Report on sanitation, dispensaries, and jails in Rajputana for 1921, and on vaccination for the year 1921-1922 - 1921-1922
Year: 1921
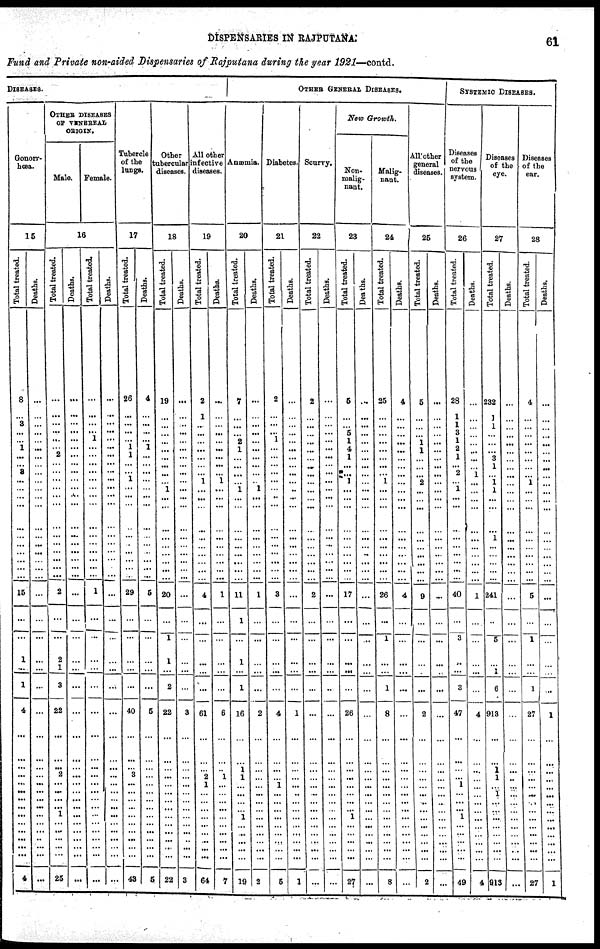
DISPENSARIES IN
RAJPUTANA.
61
Fund and Private non-aided Dispensaries of Rajputana during the year 1921—contd.
DISEASES.
Gonorr-
hœa.
15
Total treated.
8
...
3
...
... 1
...
... 3
...
...
...
...
...
...
...
...
...
...
...
15
...
...
1
...
1
4
...
...
...
...
...
...
... ...
...
...
...
...
...
...
4
Deaths.
...
...
...
...
...
...
...
...
...
...
...
...
...
...
...
...
...
...
...
...
...
...
...
...
...
...
...
...
...
...
...
...
... ... ...
...
...
...
...
...
...
...
OTHER DISEASES
OF VENEREAL
ORIGIN.
Male. Female.
16
Total treated.
...
...
...
...
...
...
2
...
...
...
...
...
...
...
...
...
...
...
...
...
2
...
...
2
1
3
22
...
...
...
2
...
... ... ...
...
1
...
...
...
...
25
Deaths.
...
...
...
...
...
...
...
...
...
...
...
...
...
...
...
...
...
...
...
...
...
...
...
...
...
...
...
...
...
...
...
...
... ... ...
...
...
...
...
...
...
...
Total treated.
...
...
...
...
1
...
...
...
...
...
...
...
...
...
...
...
...
...
...
...
1
...
...
...
...
...
...
...
...
...
...
...
... ... ...
...
...
...
...
...
...
...
Deaths.
...
...
...
...
...
...
...
...
...
...
...
...
...
...
...
...
...
...
...
...
...
...
...
...
...
...
...
...
...
...
...
...
... ... ...
...
...
...
...
...
...
...
Tubercle
of the
lungs.
17
Total treated.
26
...
...
...
... 1
1
...
... 1
...
...
...
...
...
...
...
...
...
...
29
...
...
...
...
...
40
...
...
...
3
...
... ... ...
...
...
...
...
...
...
43
Deaths.
4
...
...
...
... 1
...
...
...
...
...
...
...
...
...
...
...
...
...
...
5
...
...
...
...
...
5
...
...
...
...
...
... ... ...
...
...
...
...
...
...
5
Other
tubercular
diseases.
18
Total treated.
19
...
...
...
...
...
...
...
...
...
1
...
...
...
...
...
...
...
...
...
20
...
1
1
...
2
22
...
...
...
...
...
... ... ...
...
...
...
...
...
...
22
Deaths.
...
...
...
...
...
...
...
...
...
...
...
...
...
...
...
...
...
...
...
...
...
...
...
...
...
...
3
...
...
...
...
...
... ... ...
...
...
...
..
...
...
3
All other
infective
diseases.
19
Total treated.
2
1
...
...
...
...
...
...
...
1
...
...
...
...
...
...
...
...
...
...
4
...
...
...
...
...
61
...
...
...
2
1
... ... ... ...
...
...
...
...
...
64
Deaths.
...
...
...
...
...
...
...
...
... 1
...
...
...
...
...
...
...
...
...
...
1
...
...
...
...
...
6
...
...
...
1
...
... ... ...
...
...
...
...
...
...
7
OTHER GENERAL DISEASES.
Anæmia.
20
Total treated.
7
...
...
...
2
1
...
...
...
...
1
...
...
...
...
...
...
...
...
...
11
1
...
1
...
1
16
...
...
1
1
...
... ... ...
...
1
...
...
...
...
19
Deaths.
...
...
...
...
...
...
...
...
...
...
1
...
...
...
...
...
...
...
...
...
1
...
...
...
...
...
2
...
...
...
...
...
... ... ...
...
...
...
...
...
...
2
Diabetes.
21
Total treated.
2
...
...
...
1
...
...
...
...
...
...
...
...
...
...
...
...
...
...
...
3
...
...
...
...
...
4
...
...
...
...
1
... ... ...
...
...
...
...
...
...
5
Deaths.
...
...
...
...
...
...
...
...
...
...
..
...
...
...
...
...
...
...
...
...
...
...
...
...
...
...
1
...
...
...
...
...
... ... ...
...
...
...
...
...
...
1
Scurvy.
22
Total treated.
2
...
...
...
...
...
...
...
...
...
...
...
...
...
...
...
...
...
...
...
2
...
...
...
...
...
...
...
...
...
...
...
... ... ...
...
...
...
...
...
...
...
Deaths.
...
...
...
...
...
...
...
...
...
...
...
...
...
...
...
...
...
...
...
...
...
...
...
...
...
...
...
...
...
...
...
...
... ... ...
...
...
...
...
...
...
...
New Growth.
Non¬
malig¬
nant.
23
Total treated.
5
...
...
5
1
4
1
...
...
1
...
...
...
...
...
...
...
...
...
...
17
...
...
...
...
...
26
...
...
...
...
...
... ... ...
...
1
...
...
...
...
27
Deaths.
...
...
...
...
...
...
...
...
...
...
...
...
...
...
...
...
...
...
...
...
...
...
...
...
...
...
...
...
...
...
...
...
... ... ...
...
...
...
...
...
...
...
Malig-
nant.
24
Total treated.
25
...
...
...
...
...
...
...
...
1
...
...
...
...
...
...
...
...
...
...
26
...
1
...
...
1
8
...
...
...
...
...
... ... ...
...
...
...
...
...
...
8
Deaths.
4
...
...
...
...
...
...
...
...
...
...
...
...
...
...
...
...
...
...
...
4
...
...
...
...
...
...
...
...
...
...
...
... ... ...
...
...
...
...
...
...
...
All other
general
diseases.
25
Total treated.
5
...
...
...
1
1
...
...
... 2
...
...
...
...
...
...
...
...
...
...
9
...
...
...
...
...
2
...
...
...
...
...
... ... ...
...
...
...
...
...
...
2
Deaths.
...
...
...
...
...
...
...
...
...
...
...
...
...
...
...
...
...
...
...
...
...
...
...
...
...
...
...
...
...
...
...
...
... ... ...
...
...
...
...
...
...
...
SYSTEMIC DISEASES.
Diseases
of the
nervous
system.
26
Total treated.
28
1
1
3
1
2
1
... 2
...
1
...
...
...
...
...
...
...
...
...
40
...
3
...
...
3
47
...
...
...
...
1
... ... ...
...
1
...
...
...
...
49
Deaths.
...
...
...
...
...
...
...
... 1
...
...
...
...
...
...
...
...
...
...
...
1
...
...
...
...
4
...
...
...
...
...
... ... ...
...
...
...
...
...
...
4
Diseases
of the
eye.
27
Total treated.
232
1
1
...
...
...
3
1
...
1
1
...
...
...
1
...
...
...
...
...
241
...
5
...
...
6
913
...
...
1
1
...
... ... ...
...
...
...
...
...
...
913
Deaths.
...
...
...
...
...
...
...
...
...
...
...
...
...
...
...
...
...
...
...
...
...
...
...
...
...
...
...
...
...
...
...
...
... ... ...
...
...
...
...
...
...
...
Diseases
of the
ear.
28
Total treated.
4
...
...
...
...
...
...
...
...
1
...
...
...
...
...
...
...
...
...
...
5
...
1
...
...
1
27
...
...
...
...
...
... ... ...
...
...
...
...
...
...
27
Deaths.
...
...
...
...
...
...
...
...
...
...
...
...
...
...
...
...
...
...
...
...
...
...
...
...
...
...
1
...
...
...
...
...
... ... ...
...
...
...
...
...
...
1